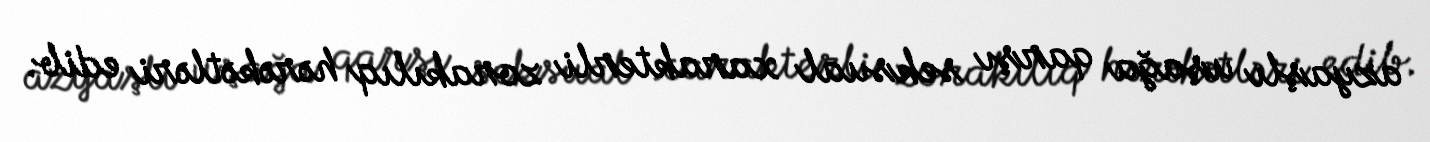
azyaşlı uşağa qarşı seksual xarakterli zorakılıq hərəkətləri edib.